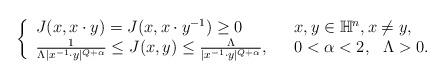
LaTeX: \begin{align*} \left\{ \begin{array}{ll} J(x,x\cdot y)=J(x,x\cdot y^{-1})\geq0~~&x,y\in \mathbb{H}^n , x\neq y,\\ \frac{1}{\Lambda|x^{-1}\cdot y|^{Q+\alpha}}\leq J(x,y)\leq \frac{\Lambda}{|x^{-1}\cdot y|^{Q+\alpha}},~~&0<\alpha<2, ~~\Lambda>0. \end{array} \right.\end{align*}